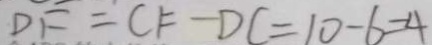
D F = C F - D C = 1 0 - 6 = 4